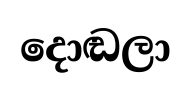
දොඬලා